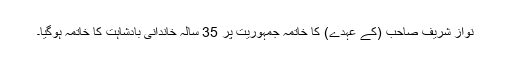
نواز شریف صاحب (کے عہدے) کا خاتمہ جمہوریت پر 35 سالہ خاندانی بادشاہت کا خاتمہ ہوگیا۔